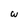
Character: w